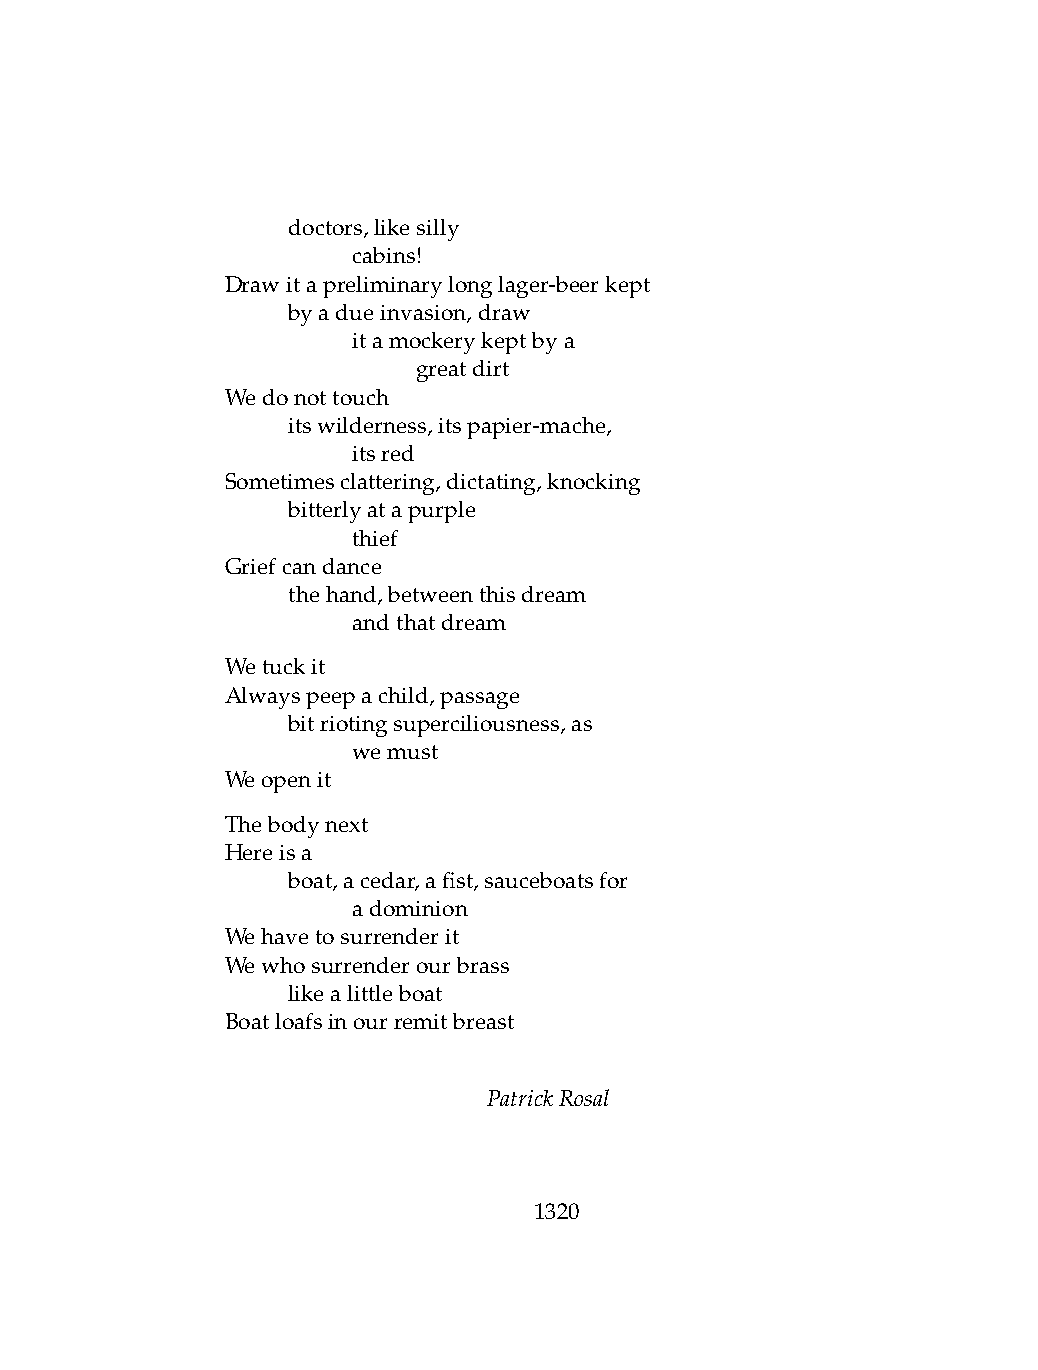
.   doctors,likesilly
 .   .   cabins!
 Drawitapreliminarylonglager-beerkept
 .   byadueinvasion,draw
 .   .   itamockerykeptbya
 .   .   .    greatdirt
 Wedonottouch
 .   itswilderness,itspapier-mache,
 .   .   itsred
 Sometimesclattering,dictating,knocking
 .   bitterlyatapurple
 .   .   thief
 Griefcandance
 .   thehand,betweenthisdream
 .   .   andthatdream
 Wetuckit
 Alwayspeepachild,passage
 .   bitriotingsuperciliousness,as
 .   .   wemust
 Weopenit
 Thebodynext
 Hereisa
 .   boat,acedar,afist,sauceboatsfor
 .   .   adominion
 Wehavetosurrenderit
 Wewhosurrenderourbrass
 .   likealittleboat
 Boatloafsinourremitbreast
 PatrickRosal
 1320